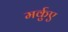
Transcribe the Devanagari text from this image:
मर्कुए